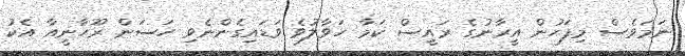
ނަމަވެސް މިފަހުން އީރާނުގެ ރައީސް ކަމާ ހަވާލުވެ ވަޑައިގެންނެވި ހަސަން ރޫހާނީއާ އެކު